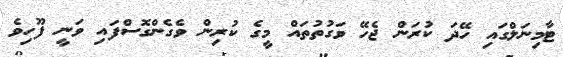
ޓާމިނަލްގައި ހޭދަ ކުރަން ޖެހޭ ވަގުތުތައް މީގެ ކުރިން ވެގެންގޮސްފައި ވަނީ ފޫހިވެ